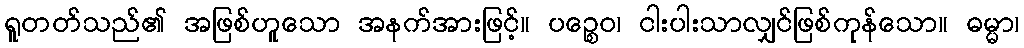
ရူတတ်သည်၏ အဖြစ်ဟူသော အနက်အားဖြင့်။ ပဉ္စေဝ၊ ငါးပါးသာလျှင်ဖြစ်ကုန်သော။ ဓမ္မာ၊